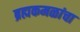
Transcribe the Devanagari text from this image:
ब्रह्मकमळांचा